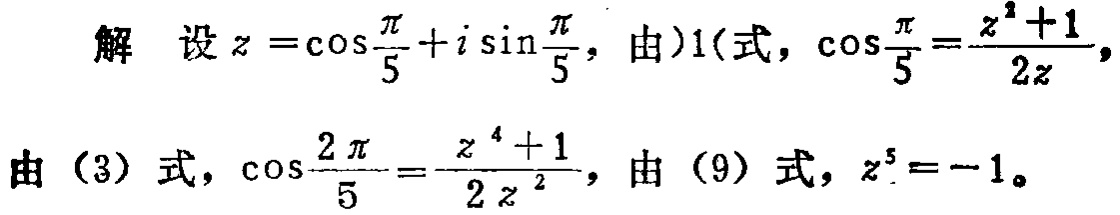
解 设\(z = \cos\frac{\pi}{5}+i\sin\frac{\pi}{5}\)，由)1(式，\(\cos\frac{\pi}{5}=\frac{z^{2} + 1}{2z}\)，
由（3）式，\(\cos\frac{2\pi}{5}=\frac{z^{4} + 1}{2z^{2}}\)，由（9）式，\(z^{5}=-1\)。